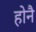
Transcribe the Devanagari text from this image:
होनै